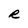
Character: R